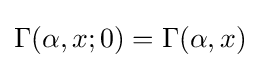
\Gamma (\alpha ,x;0)=\Gamma (\alpha ,x)